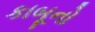
કાબૂનો